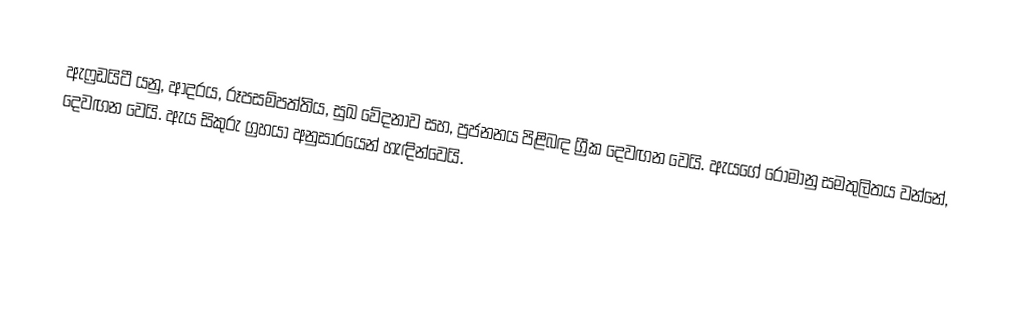
ඇෆ්‍රඩයිටී  යනු, ආදරය, රූපසම්පත්තිය, සුඛ වේදනාව සහ, ප්‍රජනනය පිළිබඳ  ග්‍රීක දෙවඟන වෙයි. ඇයගේ රෝමානු සමතුලිතය වන්නේ,   දෙවඟන වෙයි.  ඇය  සිකුරු ග්‍රහයා අනුසාරයෙන් හැඳින්වෙයි.